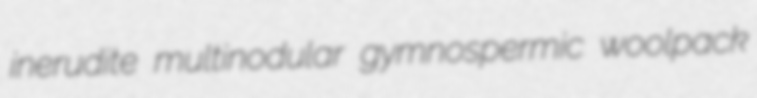
inerudite multinodular gymnospermic woolpack